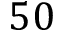
5 0